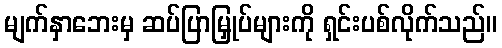
မျက်နှာဘေးမှ ဆပ်ပြာမြှုပ်များကို ရှင်းပစ်လိုက်သည်။